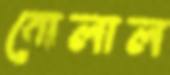
বোলাল